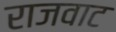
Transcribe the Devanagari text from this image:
राजवाट